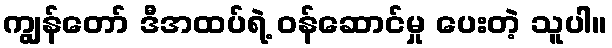
ကျွန်တော် ဒီအထပ်ရဲ့ ဝန်ဆောင်မှု ပေးတဲ့ သူပါ။